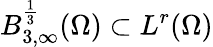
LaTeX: B_{3,\infty}^{\frac{1}{3}}(\Omega)\subset L^{r}(\Omega)